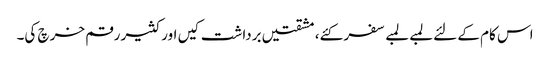
اس کام کے لئے لمبے لمبے سفر کئے، مشقتیں برداشت کیں اور کثیر رقم خرچ کی۔